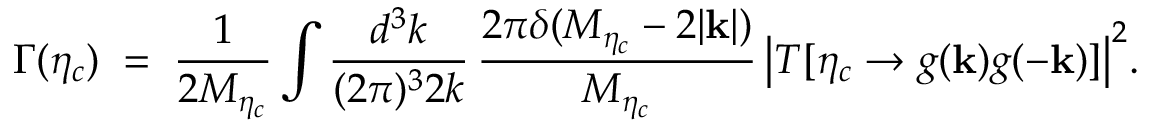
\Gamma ( \eta _ { c } ) \; = \; { \frac { 1 } { 2 M _ { \eta _ { c } } } } \int { \frac { d ^ { 3 } k } { ( 2 { \pi } ) ^ { 3 } 2 k } } \, { \frac { 2 \pi \delta ( M _ { \eta _ { c } } - 2 | { \bf k } | ) } { M _ { \eta _ { c } } } } \, \big | { \cal T } [ \eta _ { c } \to g ( { \bf k } ) g ( - { \bf k } ) ] \big | ^ { 2 } .